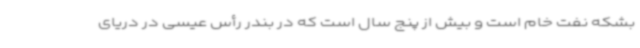
بشکه نفت خام است و بیش از پنج سال است که در بندر رأس عیسی در دریای